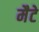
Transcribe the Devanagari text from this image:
मैटे